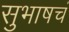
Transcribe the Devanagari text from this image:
सुभाषचं